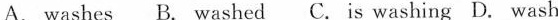
A. washes B. Washed C.Is washing D. Wash